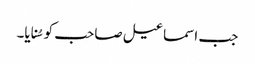
جب اسماعیل صاحب کو سُنایا۔